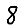
Digit: 8